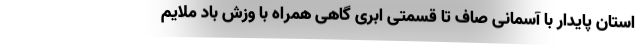
استان پایدار با آسمانی صاف تا قسمتی ابری گاهی همراه با وزش باد ملایم